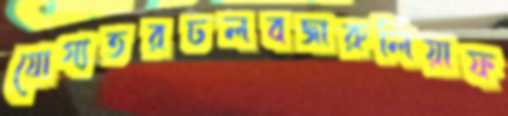
যোগ্যতরঢলবজারুলিয়াফ